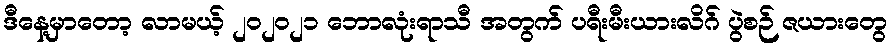
ဒီနေ့မှာတော့ လာမယ့် ၂၀၂၀၂၁ ဘောလုံးရာသီ အတွက် ပရီးမီးယားလိဂ် ပွဲစဉ် ဇယားတွေ